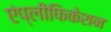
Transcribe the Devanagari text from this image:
एंप्लीफिकेशन